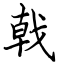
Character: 戟